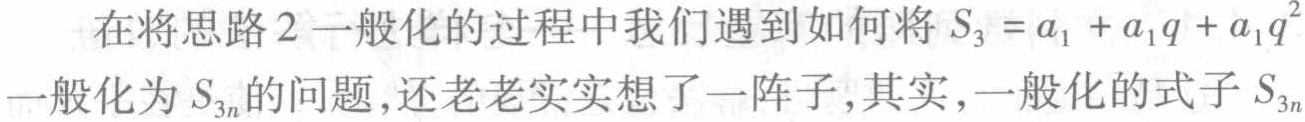
在将思路 2 一般化的过程中我们遇到如何将 \(S_{3}=a_{1}+a_{1}q + a_{1}q^{2}\)一般化为\(S_{3n}\)的问题,还老老实实想了一阵子,其实,一般化的式子\(S_{3n}\)